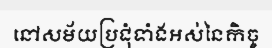
នៅសម័យប្រជុំទាំងអស់នៃកិច្ច